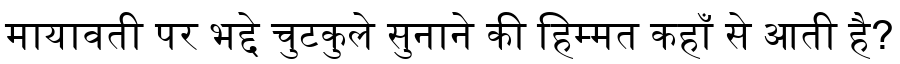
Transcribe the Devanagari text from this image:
मायावती पर भद्दे चुटकुले सुनाने की हिम्मत कहाँ से आती है?